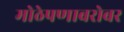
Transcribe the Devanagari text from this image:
मोठेपणाबरोबर